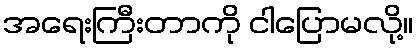
အရေးကြီးတာကို ငါပြောမလို့။